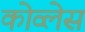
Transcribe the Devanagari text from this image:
कोव्लेस